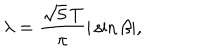
\lambda = \frac { \sqrt { 5 } \, T } { \pi } | \sin \beta | ,